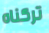
تركناه